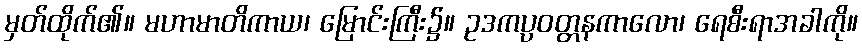
မှတ်ထိုက်၏။ မဟာမာတိကာယ၊ မြောင်းကြီး၌။ ဥဒကပ္ပဝတ္တနကာလော၊ ရေစီးရာအခါကို။